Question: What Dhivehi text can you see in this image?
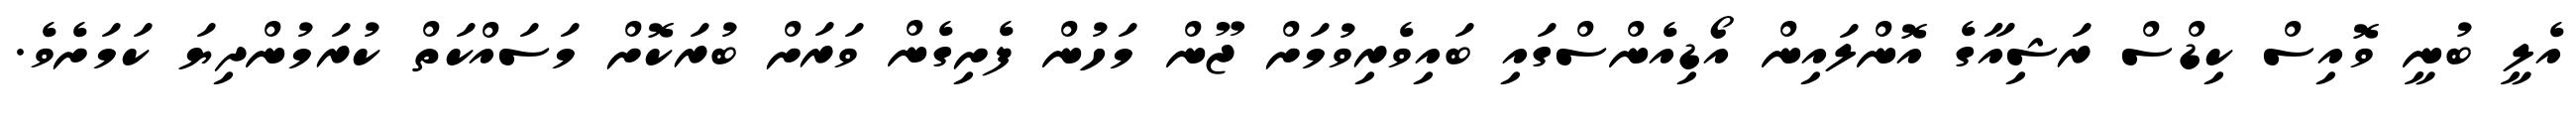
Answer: އެލީ ބުނީ ވޮއިސް ކިޑްސް ރަޝިއާގެ އޮންލައިން އޯޑިއެންސްގައި ބައިވެރިވުމަށް ޖޫން މަހުން ފެށިގެން ވަރަށް ބުރަކޮށް މަސައްކަތް ކުރަމުންދިޔަ ކަމަށެވެ.